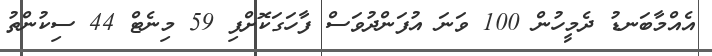
އެއްމާބަނޑު ދެމީހުން 100 ވަނަ އުފަންދުވަސް ފާހަގަކޮށްފި 59 މިނެޓް 44 ސިކުންތު